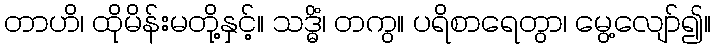
တာဟိ၊ ထိုမိန်းမတို့နှင့်။ သဒ္ဓိံ၊ တကွ။ ပရိစာရေတွာ၊ မွေ့လျော်၍။